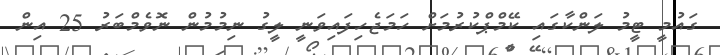
ގައުމީ ޓީމު ލަންކާގައި ކޭމްޕްކުރުމަށް ހަމަޖެހިފައިވަނީ ލީގު ނިމުމުން ނޮވެމްބަރު 25 އިން